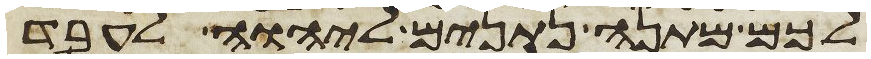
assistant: לכם מתנה נתנים ליהוה לעבד